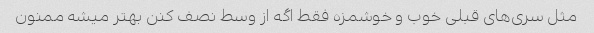
مثل سری‌های قبلی خوب و خوشمزه فقط اگه از وسط نصف کنن بهتر میشه ممنون